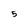
Character: 5